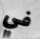
في